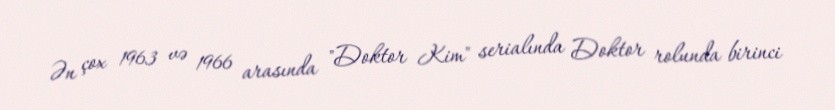
Ən çox 1963 və 1966 arasında "Doktor Kim" serialında Doktor rolunda birinci